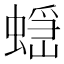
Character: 𧏭